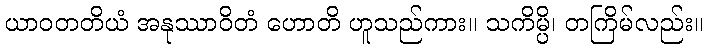
ယာဝတတိယံ အနုဿာဝိတံ ဟောတိ ဟူသည်ကား။ သကိမ္ပိ၊ တကြိမ်လည်း။